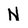
Character: N